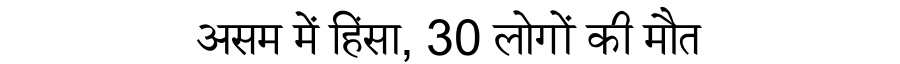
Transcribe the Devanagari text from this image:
असम में हिंसा, 30 लोगों की मौत